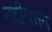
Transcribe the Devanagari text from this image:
नदीपत्तन